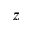
z